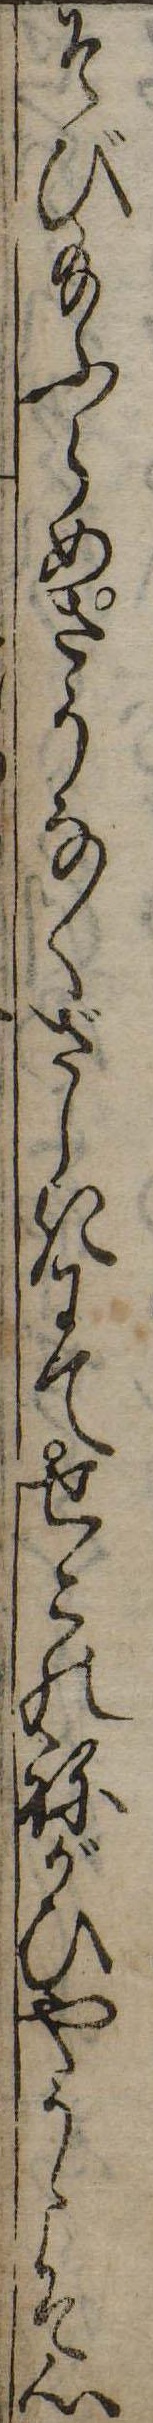
そび給ふらめさうなくざしきにてせこのねがひやうこそ心